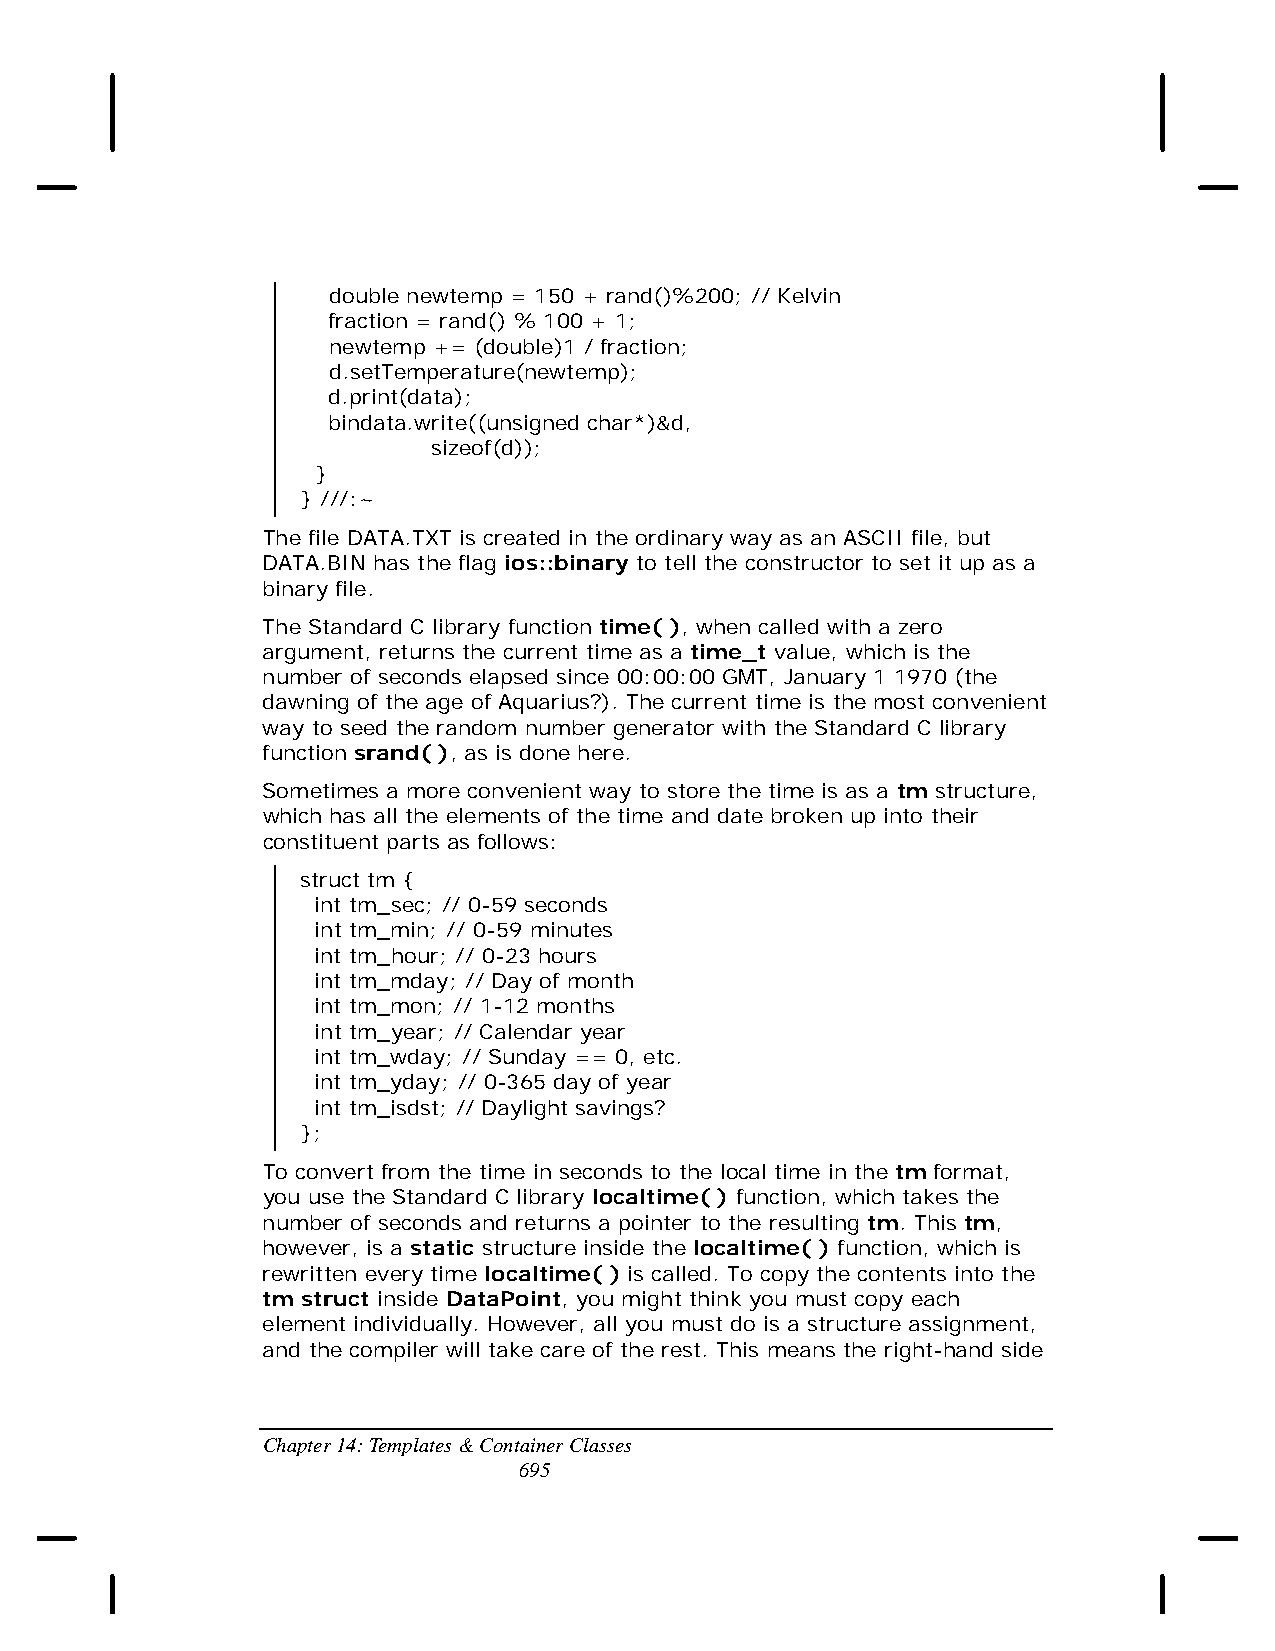
double newtemp = 150 + rand()%200; // Kelvin
 fraction = rand() % 100 + 1;
 newtemp += (double)1 / fraction;
 d.setTemperature(newtemp);
 d.print(data);
 bindata.write((unsigned char*)&d,
 sizeof(d));
 }
 } ///:~
 The file DATA.TXT is created in the ordinary way as an ASCII file, but
 DATA.BIN has the flag ios::binary to tell the constructor to set it up as a
 binary file.
 The Standard C library function time( ), when called with a zero
 argument, returns the current time as a time_t value, which is the
 number of seconds elapsed since 00:00:00 GMT, January 1 1970 (the
 dawning of the age of Aquarius?). The current time is the most convenient
 way to seed the random number generator with the Standard C library
 function srand( ), as is done here.
 Sometimes a more convenient way to store the time is as a tm structure,
 which has all the elements of the time and date broken up into their
 constituent parts as follows:
 struct tm {
 int tm_sec; // 0-59 seconds
 int tm_min; // 0-59 minutes
 int tm_hour; // 0-23 hours
 int tm_mday; // Day of month
 int tm_mon; // 1-12 months
 int tm_year; // Calendar year
 int tm_wday; // Sunday == 0, etc.
 int tm_yday; // 0-365 day of year
 int tm_isdst; // Daylight savings?
 };
 To convert from the time in seconds to the local time in the tm format,
 you use the Standard C library localtime( ) function, which takes the
 number of seconds and returns a pointer to the resulting tm. This tm,
 however, is a static structure inside the localtime( ) function, which is
 rewritten every time localtime( ) is called. To copy the contents into the
 tm struct inside DataPoint, you might think you must copy each
 element individually. However, all you must do is a structure assignment,
 and the compiler will take care of the rest. This means the right-hand side
 Chapter 14: Templates & Container Classes
 695